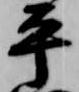
平